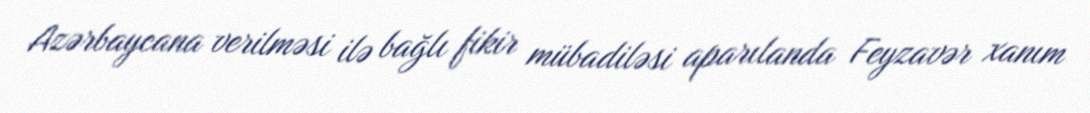
Azərbaycana verilməsi ilə bağlı fikir mübadiləsi aparılanda Feyzavər xanım